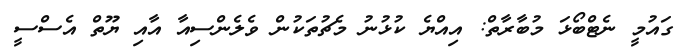
ގައުމީ ނެޓްބޯޅަ މުބާރާތް: އިއްޔެ ކުޅުނު މެޗުތަކުން ވެލެންސިއާ އާއި ޔޫތް އެސްސީ